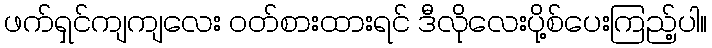
ဖက်ရှင်ကျကျလေး ဝတ်စားထားရင် ဒီလိုလေးပို့စ်ပေးကြည့်ပါ။